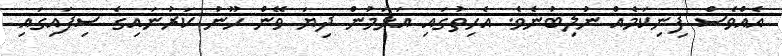
އެއްވެސް ފިނިކަމެއް ނުލިބުނެވެ. އެހިތުގައި އަޅަމުން ދިޔަ ވޭން ހޫނު ކަރުނައިގެ ސިފައިގައި